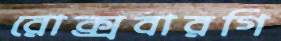
রোক্সবারগি